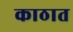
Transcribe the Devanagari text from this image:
काठात